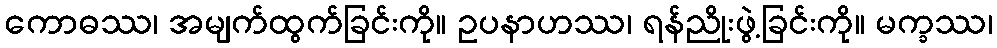
ကောဓဿ၊ အမျက်ထွက်ခြင်းကို။ ဥပနာဟဿ၊ ရန်ညိုးဖွဲ့ခြင်းကို။ မက္ခဿ၊